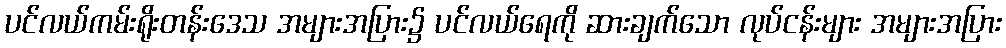
ပင်လယ်ကမ်းရိုးတန်းဒေသ အများအပြား၌ ပင်လယ်ရေကို ဆားချက်သော လုပ်ငန်းများ အများအပြား